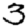
Digit: 3